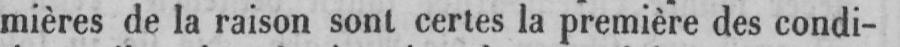
mières de la raison sont certes la première des condi-